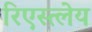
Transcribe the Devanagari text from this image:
रिएस्त्लेय